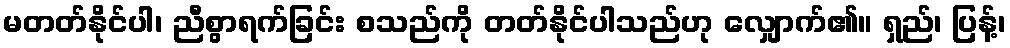
မတတ်နိုင်ပါ၊ ညီစွာရက်ခြင်း စသည်ကို တတ်နိုင်ပါသည်ဟု လျှောက်၏။ ရှည်၊ ပြန့်၊